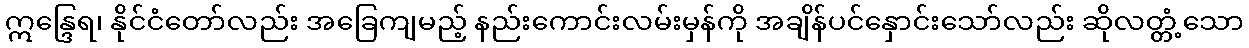
ဣန္ဒြေရ၊ နိုင်ငံတော်လည်း အခြေကျမည့် နည်းကောင်းလမ်းမှန်ကို အချိန်ပင်နှောင်းသော်လည်း ဆိုလတ္တံ့သော